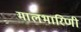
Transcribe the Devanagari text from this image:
मालभारिणी